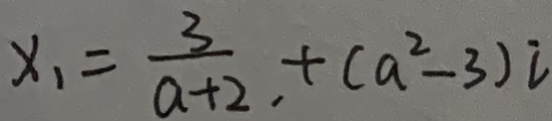
x _ { 1 } = \frac { 3 } { a + 2 } \cdot + ( a ^ { 2 } - 3 ) i